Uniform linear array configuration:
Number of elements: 64
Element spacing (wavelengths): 0.75
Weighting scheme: exponential
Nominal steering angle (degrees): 60
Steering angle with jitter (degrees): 59.204
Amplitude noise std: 0.05
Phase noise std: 0.05

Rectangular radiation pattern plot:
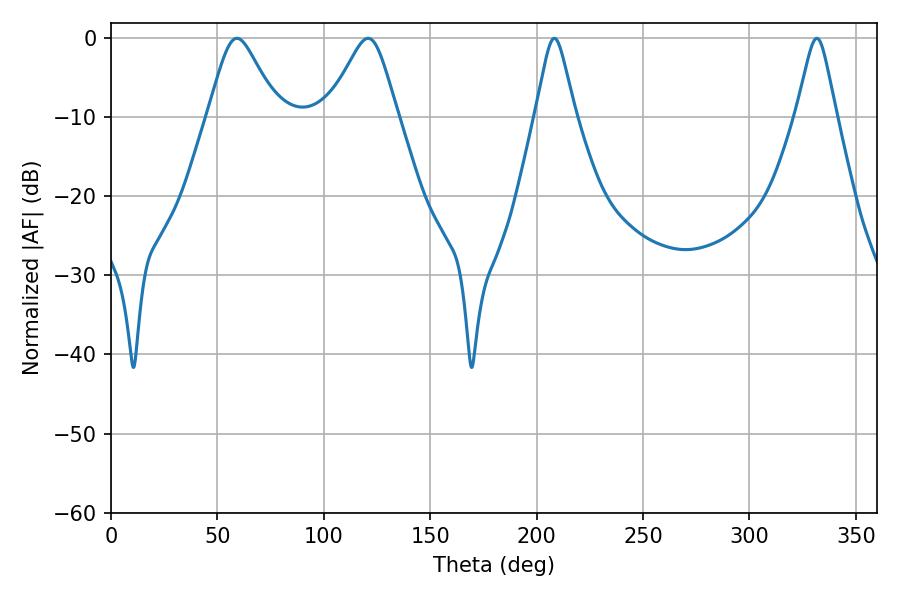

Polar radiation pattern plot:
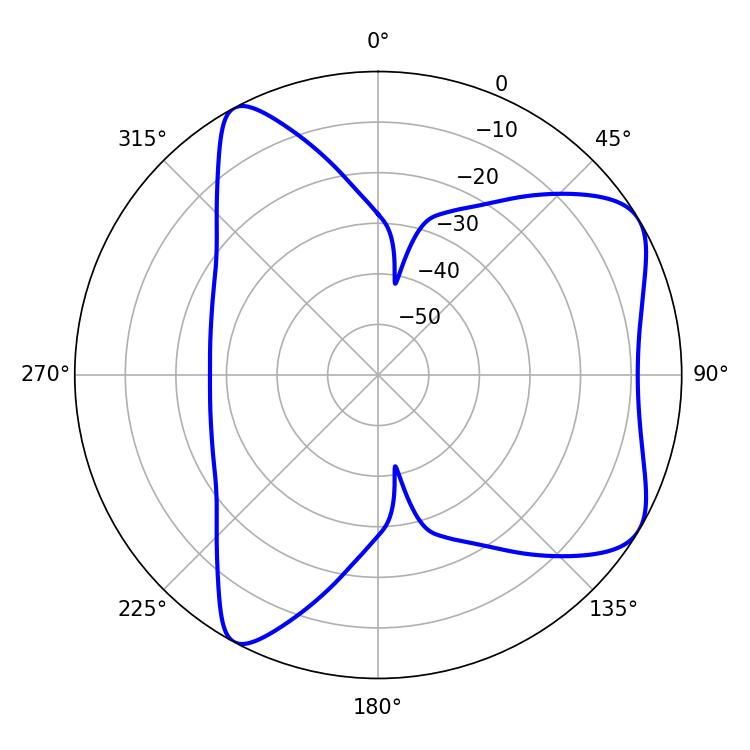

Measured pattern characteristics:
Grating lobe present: TRUE
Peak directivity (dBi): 6.743
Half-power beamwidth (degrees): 15.66
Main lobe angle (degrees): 59.22